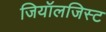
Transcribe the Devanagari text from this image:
जियॉलजिस्ट